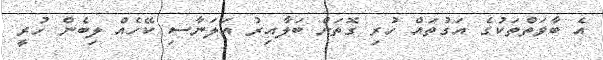
އެ ބާވަތްތަކުގެ އަގުތައް ހުރި ގޮތަށް ބަލާއިރު އަލަނާސި ކޭހެއް ލިބެން ހުރީ